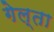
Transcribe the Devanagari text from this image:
गेल्ता